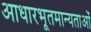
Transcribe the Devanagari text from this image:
आधारभूतमान्यताओं